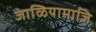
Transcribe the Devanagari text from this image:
जाळियामाजि